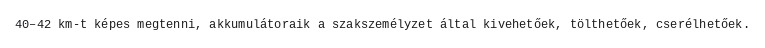
40–42 km-t képes megtenni, akkumulátoraik a szakszemélyzet által kivehetőek, tölthetőek, cserélhetőek.